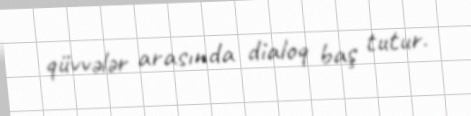
qüvvələr arasında dialoq baş tutur.